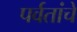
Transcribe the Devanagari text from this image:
पर्वतांचे